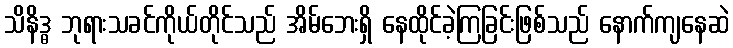
သိနိဒ္ဓ ဘုရားသခင်ကိုယ်တိုင်သည် အိမ်ဘေးရှိ နေထိုင်ခဲ့ကြခြင်းဖြစ်သည် နောက်ကျနေဆဲ